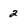
Character: 2